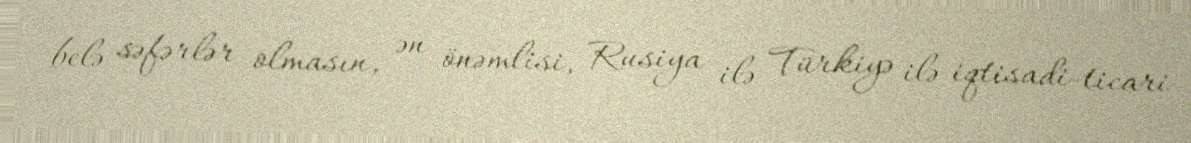
belə səfərlər olmasın, ən önəmlisi, Rusiya ilə Türkiyə ilə iqtisadi-ticari